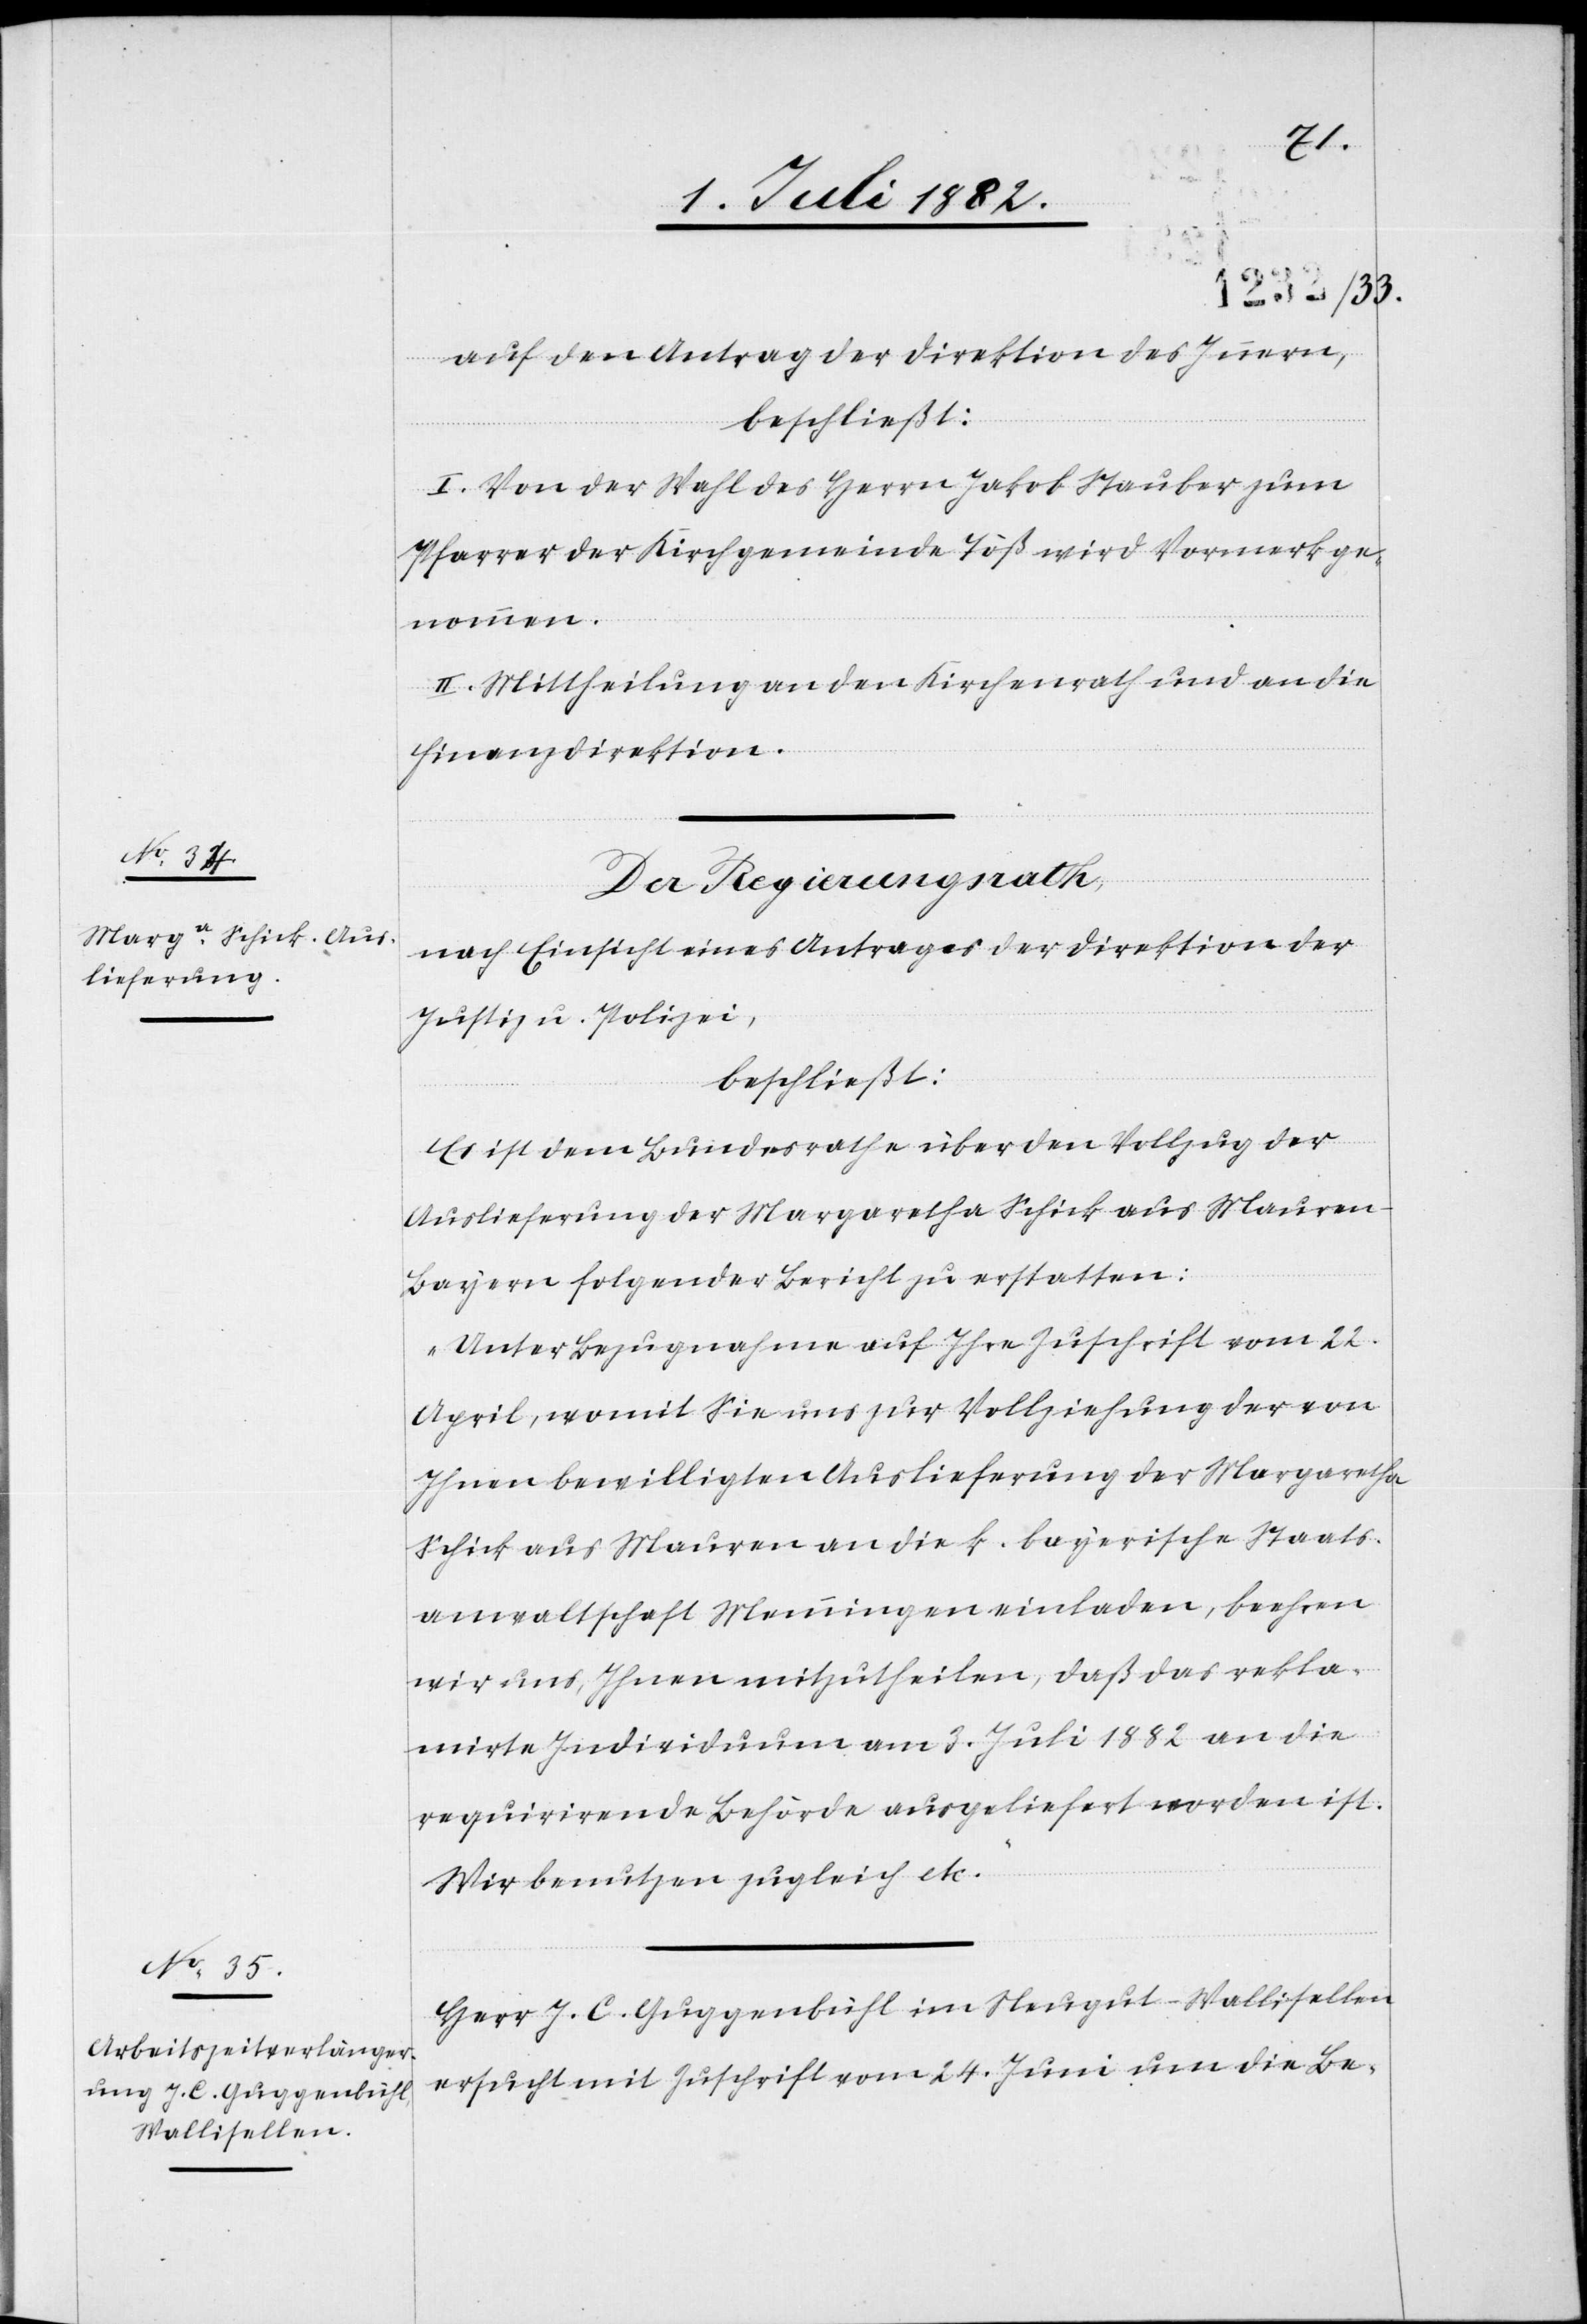
4. Juli 1882.]
auf den Antrag der Direktion des Innern,
beschließt:
I. Von der Wahl des Herrn Jakob Stauber zum
Pfarrer der Kirchgemeinde Töß wird Vormerk ge¬
nommen.
II. Mittheilung an den Kirchenrath und an die
Finanzdirektion.
Der Regierungsrath,
nach Einsicht eines Antrages der Direktion der
Justiz & Polizei,
beschließt:
Es ist dem Bundesrathe über den Vollzug der
Auslieferung der Margaretha Schick aus Mauren
Bayern folgender Bericht zu erstatten:
„Unter Bezugnahme auf Ihre Zuschrift vom 22.
April, womit Sie uns zur Vollziehung der von
Ihnen bewilligten Auslieferung der Margaretha
Schick aus Mauren an die k. bayerische Staats¬
anwaltschaft Menningen einladen, beehren
wir uns, Ihnen mitzutheilen, daß das rekla¬
mirte Individuum am 3. Juli 1882 an die
requirirende Behörde ausgeliefert worden ist.
Wir benutzen zugleich etc.“
Herr J. C. Guggenbühl im Neugut - Wallisellen
ersucht mit Zuschrift vom 24. Juni um die Be-